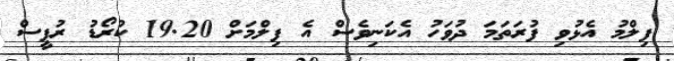
ފިލްމު އެޅުވި ފުރަތަމަ ދުވަހު އެކަނިވެސް އެ ފިލްމަށް 19.20 ކުރޯޑު ރުޕީސް